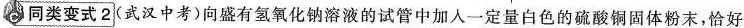
◇同类变式2(武汉中考)向盛有氢氧化钠溶液的试管中加入一定量白色的硫酸铜固体粉末，恰好